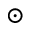
\odot